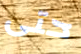
حتى